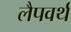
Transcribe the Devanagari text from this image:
लैपवर्थ